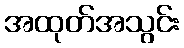
အထုတ်အသွင်း